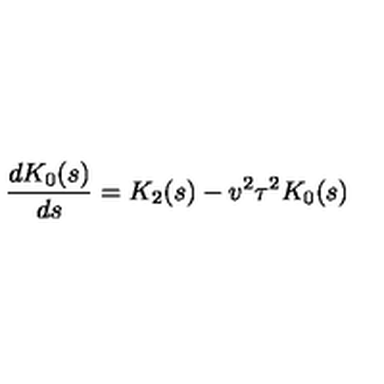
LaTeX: \frac { d K _ { 0 } ( s ) } { d s } = K _ { 2 } ( s ) - v ^ { 2 } \tau ^ { 2 } K _ { 0 } ( s )